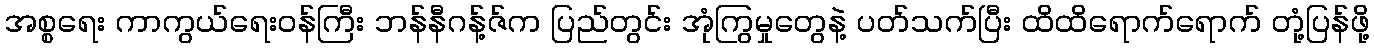
အစ္စရေး ကာကွယ်ရေးဝန်ကြီး ဘန်နီဂန့်ဇ်က ပြည်တွင်း အုံကြွမှုတွေနဲ့ ပတ်သက်ပြီး ထိထိရောက်ရောက် တုံ့ပြန်ဖို့